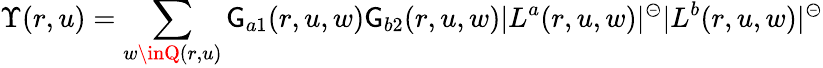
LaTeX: \Upsilon(r,u)=\sum_{w\inQ(r,u)}\mathsf{G}_{a1}(r,u,w)\mathsf{G}_{b2}(r,u,w)|L^{a}(r,u,w)|^{\circleddash}|L^{b}(r,u,w)|^{\circleddash}